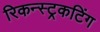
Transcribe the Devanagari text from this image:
रिकन्स्ट्रकटिंग